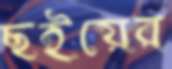
ছইয়ের